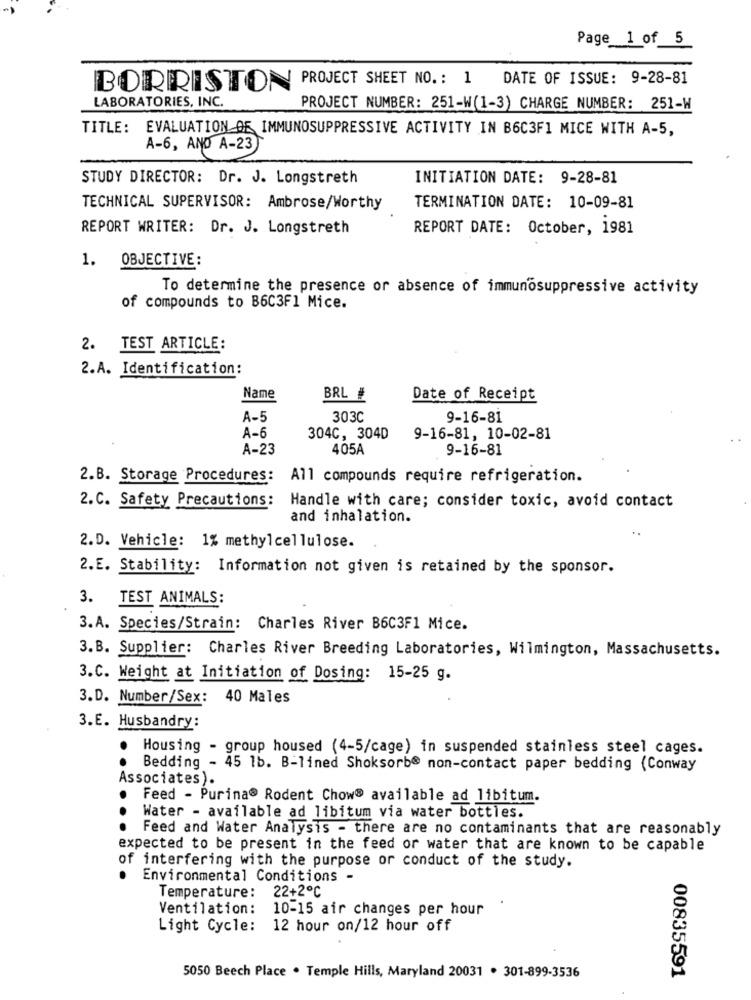
Page 1 of 5
DATE OF ISSUE: 9-28-81
BORRISTON PROJECT SHEET NO. : 1
LABORATORIES, INC.
PROJECT NUMBER: 251-W(1-3) CHARGE NUMBER: 251-W
TITLE: EVALUATION OF IMMUNOSUPPRESSIVE ACTIVITY IN B6C3F1 MICE WITH A-5,
A-6, AND A-23
STUDY DIRECTOR: Dr. J. Longstreth
INITIATION DATE: 9-28-81
TECHNICAL SUPERVISOR: Ambrose/Worthy
TERMINATION DATE: 10-09-81
REPORT WRITER: Dr. J. Longstreth
REPORT DATE: October, 1981
1.
OBJECTIVE:
To determine the presence or absence of immunosuppressive activity
of compounds to B6C3F1 Mice.
2. TEST ARTICLE:
2.A. Identification:
Name
BRL #
Date of Receipt
A-5
303C
9-16-81
A-6
304C, 304D
9-16-81, 10-02-81
A-23
405A
9-16-81
2.B. Storage Procedures: All compounds require refrigeration.
2. C. Safety Precautions: Handle with care; consider toxic, avoid contact
and inhalation.
2.D. Vehicle: 1% methylcellulose.
2.E. Stability: Information not given is retained by the sponsor.
3. TEST ANIMALS:
3.A. Species/Strain: Charles River B6C3F1 Mice.
3.B. Supplier: Charles River Breeding Laboratories, Wilmington, Massachusetts.
3.C. Weight at Initiation of Dosing: 15-25 g.
3.D. Number/Sex: 40 Males
3.E. Husbandry:
Housing - group housed (4-5/cage) in suspended stainless steel cages.
Bedding - 45 1b. B-lined Shoksorb@ non-contact paper bedding (Conway
Associates).
Feed - Purina® Rodent Chow® available ad libitum.
Water - available ad libitum via water bottles.
...
Feed and Water Analysis - there are no contaminants that are reasonably
expected to be present in the feed or water that are known to be capable
of interfering with the purpose or conduct of the study.
Environmental Conditions -
Temperature: 22+2℃
Ventilation: 10-15 air changes per hour
Light Cycle: 12 hour on/12 hour off
5050 Beech Place . Temple Hills, Maryland 20031 . 301-899-3536
00835591